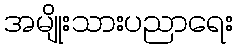
အမျိုးသားပညာရေး